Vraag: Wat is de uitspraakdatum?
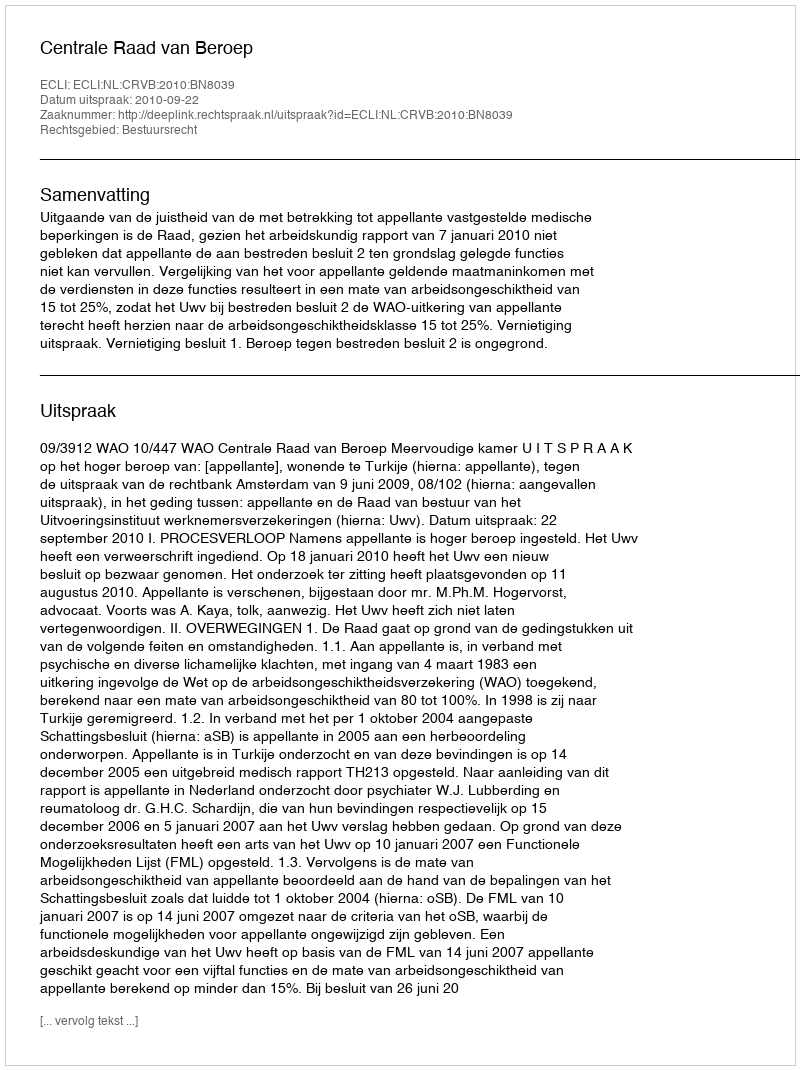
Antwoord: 2010-09-22